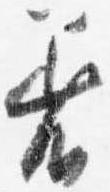
着